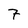
Character: 7